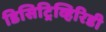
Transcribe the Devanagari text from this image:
डिसिट्रिव्हिरिडी